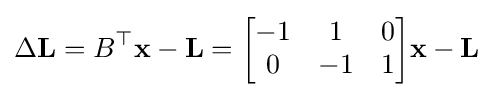
\Delta \mathbf {L} =B^{\top }\mathbf {x} -\mathbf {L} ={\begin{bmatrix}-1&1&0\\0&-1&1\end{bmatrix}}\mathbf {x} -\mathbf {L}